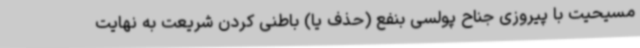
مسیحیت با پیروزی جناح پولسی بنفع (حذف یا) باطنی کردن شریعت به نهایت